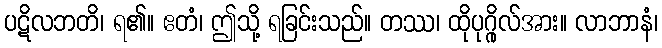
ပဋိလဘတိ၊ ရ၏။ ဧတံ၊ ဤသို့ ရခြင်းသည်။ တဿ၊ ထိုပုဂ္ဂိုလ်အား။ လာဘာနံ၊